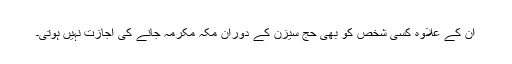
ان کے علاوہ کسی شخص کو بھی حج سیزن کے دوران مکّہ مکرمہ جانے کی اجازت نہیں ہوتی۔